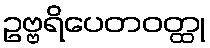
ဥဗ္ဗရိပေတဝတ္ထု